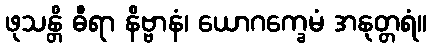
ဖုသန္တိ ဓီရာ နိဗ္ဗာနံ၊ ယောဂက္ခေမံ အနုတ္တရံ။